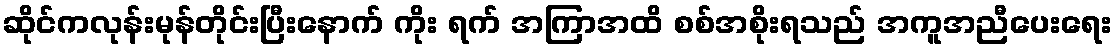
ဆိုင်ကလုန်းမုန်တိုင်းပြီးနောက် ကိုး ရက် အကြာအထိ စစ်အစိုးရသည် အကူအညီပေးရေး